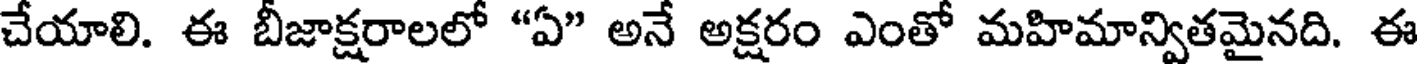
చేయాలి. ఈ బీజాక్షరాలలో "ఏ" అనే అక్షరం ఎంతో మహిమాన్వితమైనది. ఈ